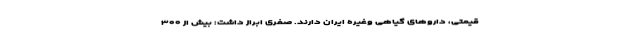
قیمتی، داروهای گیاهی وغیره ایران دارند. صفری ابراز داشت: بیش از ۳۰۰